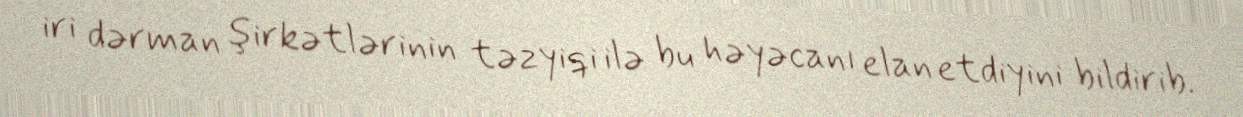
iri dərman şirkətlərinin təzyiqi ilə bu həyəcanı elan etdiyini bildirib.